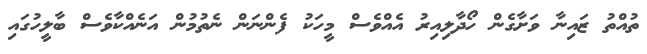
ތުއްތު ޒައިނާ ވަށާގެން ހޯދާލިއިރު އެއްވެސް މީހަކު ފެންނަން ނެތުމުން އަނެއްކާވެސް ބާލީހުގައި